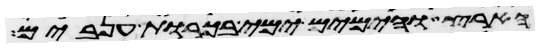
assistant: הארץ והימים ימי בכורת ענבים